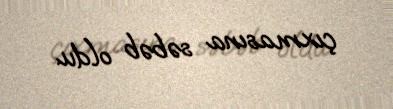
çıxmasına səbəb oldu.